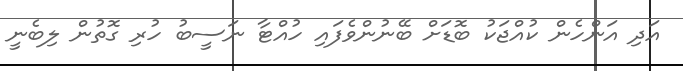
އަދި އަންހެން ކުއްޖަކު ބޮޑަށް ބޭނުންވެފައި ހުއްޓާ ނަސީބު ހުރި ގޮތުން ލިބެނީ